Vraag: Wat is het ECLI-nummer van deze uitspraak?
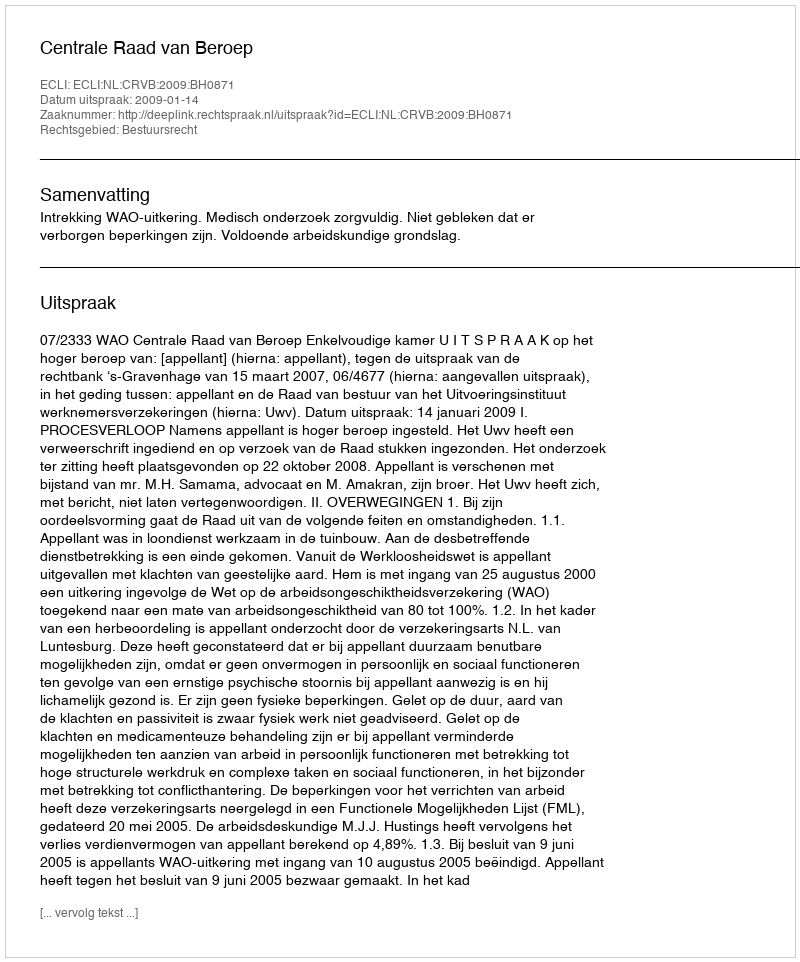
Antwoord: ECLI:NL:CRVB:2009:BH0871